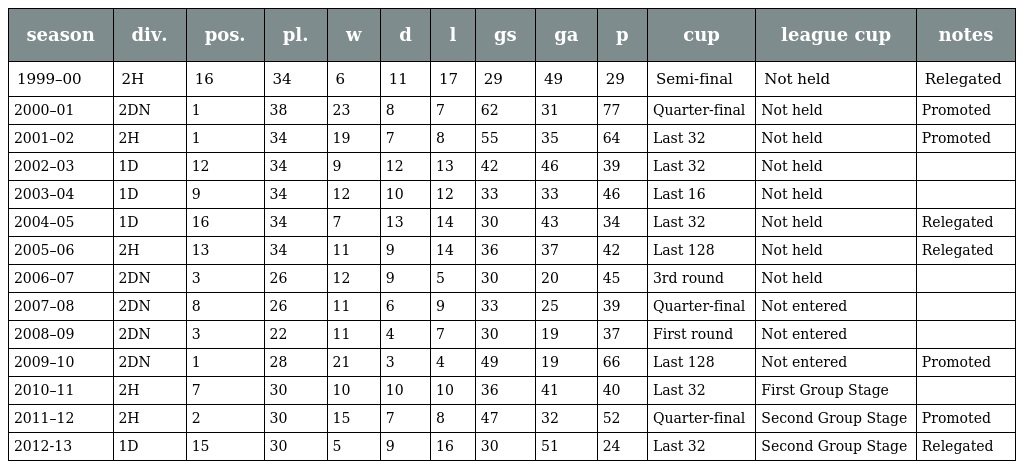
| season | div. | pos. | pl. | w | d | l | gs | ga | p | cup | league cup | notes |
 | --- | --- | --- | --- | --- | --- | --- | --- | --- | --- | --- | --- | --- |
 | 1999–00 | 2H | 16 | 34 | 6 | 11 | 17 | 29 | 49 | 29 | Semi-final | Not held | Relegated |
 | 2000–01 | 2DN | 1 | 38 | 23 | 8 | 7 | 62 | 31 | 77 | Quarter-final | Not held | Promoted |
 | 2001–02 | 2H | 1 | 34 | 19 | 7 | 8 | 55 | 35 | 64 | Last 32 | Not held | Promoted |
 | 2002–03 | 1D | 12 | 34 | 9 | 12 | 13 | 42 | 46 | 39 | Last 32 | Not held |  |
 | 2003–04 | 1D | 9 | 34 | 12 | 10 | 12 | 33 | 33 | 46 | Last 16 | Not held |  |
 | 2004–05 | 1D | 16 | 34 | 7 | 13 | 14 | 30 | 43 | 34 | Last 32 | Not held | Relegated |
 | 2005–06 | 2H | 13 | 34 | 11 | 9 | 14 | 36 | 37 | 42 | Last 128 | Not held | Relegated |
 | 2006–07 | 2DN | 3 | 26 | 12 | 9 | 5 | 30 | 20 | 45 | 3rd round | Not held |  |
 | 2007–08 | 2DN | 8 | 26 | 11 | 6 | 9 | 33 | 25 | 39 | Quarter-final | Not entered |  |
 | 2008–09 | 2DN | 3 | 22 | 11 | 4 | 7 | 30 | 19 | 37 | First round | Not entered |  |
 | 2009–10 | 2DN | 1 | 28 | 21 | 3 | 4 | 49 | 19 | 66 | Last 128 | Not entered | Promoted |
 | 2010–11 | 2H | 7 | 30 | 10 | 10 | 10 | 36 | 41 | 40 | Last 32 | First Group Stage |  |
 | 2011–12 | 2H | 2 | 30 | 15 | 7 | 8 | 47 | 32 | 52 | Quarter-final | Second Group Stage | Promoted |
 | 2012-13 | 1D | 15 | 30 | 5 | 9 | 16 | 30 | 51 | 24 | Last 32 | Second Group Stage | Relegated |